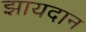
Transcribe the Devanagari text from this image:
झायदान